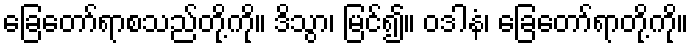
ခြေတော်ရာစသည်တို့ကို။ ဒိသွာ၊ မြင်၍။ ဝဒါနံ၊ ခြေတော်ရာတို့ကို။